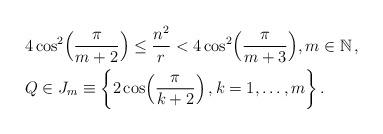
LaTeX: \begin{align*} {}& 4\cos^2 \Bigl(\frac{\pi}{m+2}\Bigr) \leq \frac{n^2}{r} < 4\cos^2\Bigl(\frac{\pi}{m+3} \Bigr) , m \in {\mathbb N} \,, \\ {}& Q \in J_m \equiv \left\{ 2 \cos \Bigl(\frac{\pi}{k+2} \Bigr)\,, k=1,\ldots,m \right\} .\end{align*}